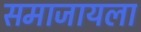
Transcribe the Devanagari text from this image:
समाजायला